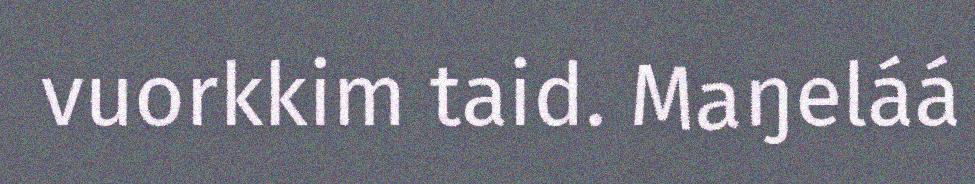
vuorkkim taid. Maŋeláá